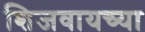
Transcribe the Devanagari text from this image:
शिजवायच्या